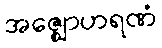
အဇ္ဈောဟရဏံ